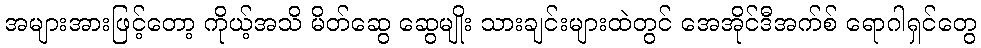
အများအားဖြင့်တော့ ကိုယ့်အသိ မိတ်ဆွေ ဆွေမျိုး သားချင်းများထဲတွင် အေအိုင်ဒီအက်စ် ရောဂါရှင်တွေ